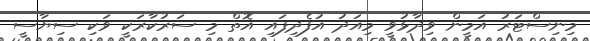
މިނިސްޓަރު އަމީން ވިދާޅުވީ މިއަދު އުފެދިފައި އޮތް މި ސަރުކާރަކީ ވަކި ސިޔާސީ